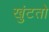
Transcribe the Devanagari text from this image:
खुंटतो